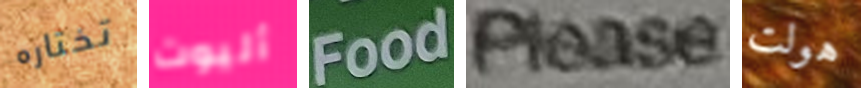
تختاره أليوت Food please هولت